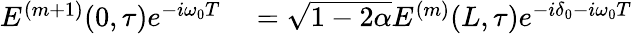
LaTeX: \begin{array}{rl}{E^{(m+1)}(0,\tau)e^{-i\omega_{0}T}}&{{}=\sqrt{1-2\alpha}E^{(m)}(L,\tau)e^{-i\delta_{0}-i\omega_{0}T}}\end{array}